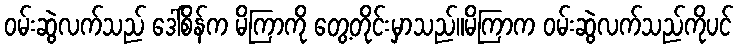
ဝမ်းဆွဲလက်သည် ဒေါ်စိန်က မိကြာကို တွေ့တိုင်းမှာသည်။မိကြာက ဝမ်းဆွဲလက်သည်ကိုပင်